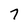
Character: 7